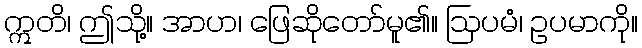
ဣတိ၊ ဤသို့။ အာဟ၊ ဖြေဆိုတော်မူ၏။ ဩပမံ၊ ဥပမာကို။